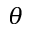
\theta